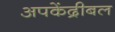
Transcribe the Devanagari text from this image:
अपकेंद्रीबल